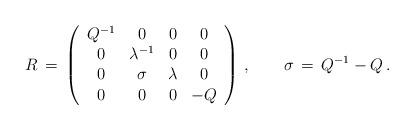
LaTeX: \begin{align*}R\,=\,\left(\begin{array}{cccc}Q^{-1} & 0 & 0 & 0 \\0 & \lambda ^{-1} & 0 & 0 \\0 & \sigma & \lambda & 0 \\0 & 0 & 0 & -Q\end{array}\right)\,, \qquad\sigma \,=\,Q^{-1}-Q\,.\end{align*}